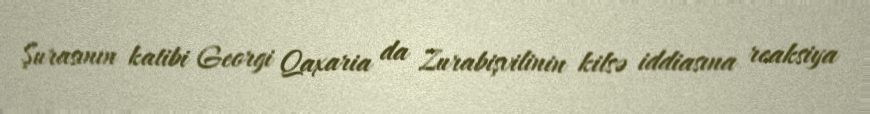
Şurasının katibi Georgi Qaxaria da Zurabişvilinin kilsə iddiasına reaksiya